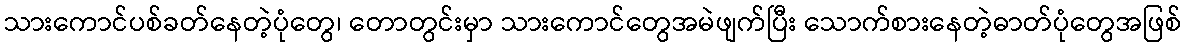
သားကောင်ပစ်ခတ်နေတဲ့ပုံတွေ၊ တောတွင်းမှာ သားကောင်တွေအမဲဖျက်ပြီး သောက်စားနေတဲ့ဓာတ်ပုံတွေအဖြစ်